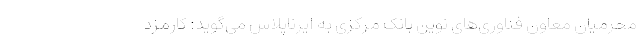
محرمیان معاون فناوری‌های نوین بانک مرکزی به ایرناپلاس می‌گوید: کارمزد